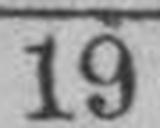
19